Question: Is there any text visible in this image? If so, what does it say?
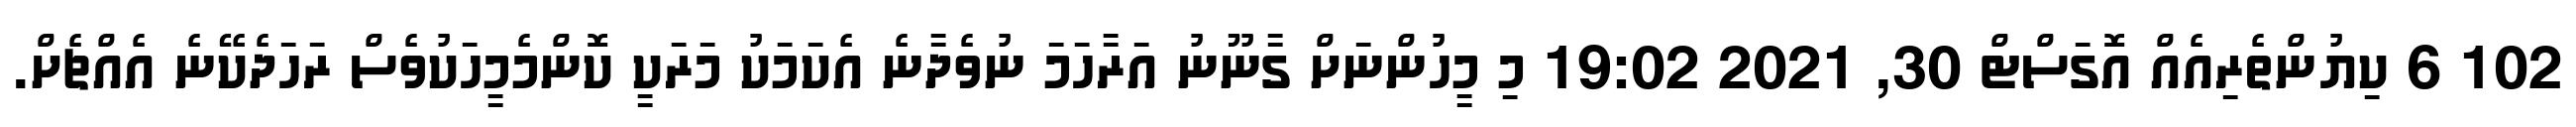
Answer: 102 6 ކިޔުންތެރިއެއް އޮގަސްޓް 30, 2021 19:02 މި މީހުންނަށް ގާނޫނު އަރާހަމަ ނުވެދާނެ އެކަމަކު މަރަކީ ކޮންމެމީހަކުވެސް ރަހަދެކޭނެ އެއްޗެށް.